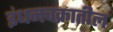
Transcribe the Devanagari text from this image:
इंधनचक्रातील